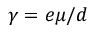
\gamma = e \mu / d